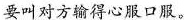
要叫对方输得心服口服。